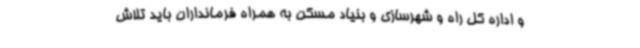
و اداره کل راه و شهرسازی و بنیاد مسکن به همراه فرمانداران باید تلاش